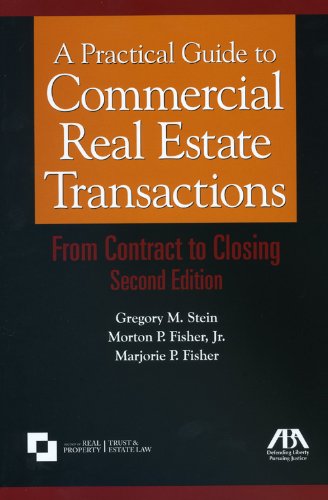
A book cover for A Practical Guide to Commercial Real Estate Transactions: From Contract to Closing; Gregory M. Stein; Business & Money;